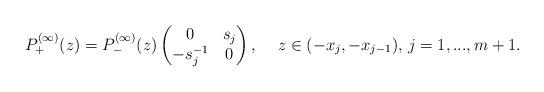
LaTeX: \begin{align*}& P^{(\infty)}_{+}(z) = P^{(\infty)}_{-}(z)\begin{pmatrix}0 & s_{j} \\ -s_{j}^{-1} & 0\end{pmatrix}, & & z \in (-x_{j},-x_{j-1}), \, j = 1,...,m+1.\end{align*}